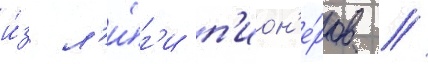
и́з л'и́г'и п'ион'е́ров //